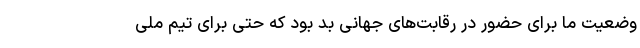
وضعیت ما برای حضور در رقابت‌های جهانی بد بود که حتی برای تیم ملی